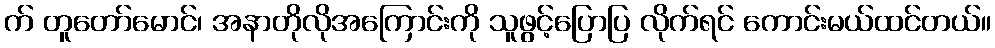
က် တူတော်မောင်၊ အနာတိုလိုအကြောင်းကို သူဖွင့်ပြောပြ လိုက်ရင် ကောင်းမယ်ထင်တယ်။